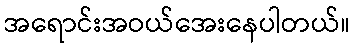
အရောင်းအဝယ်အေးနေပါတယ်။